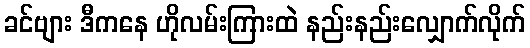
ခင်ဗျား ဒီကနေ ဟိုလမ်းကြားထဲ နည်းနည်းလျှောက်လိုက်